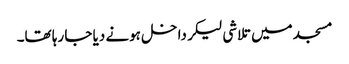
مسجد میں تلاشی لیکر داخل ہونے دیا جا رہا تھا۔